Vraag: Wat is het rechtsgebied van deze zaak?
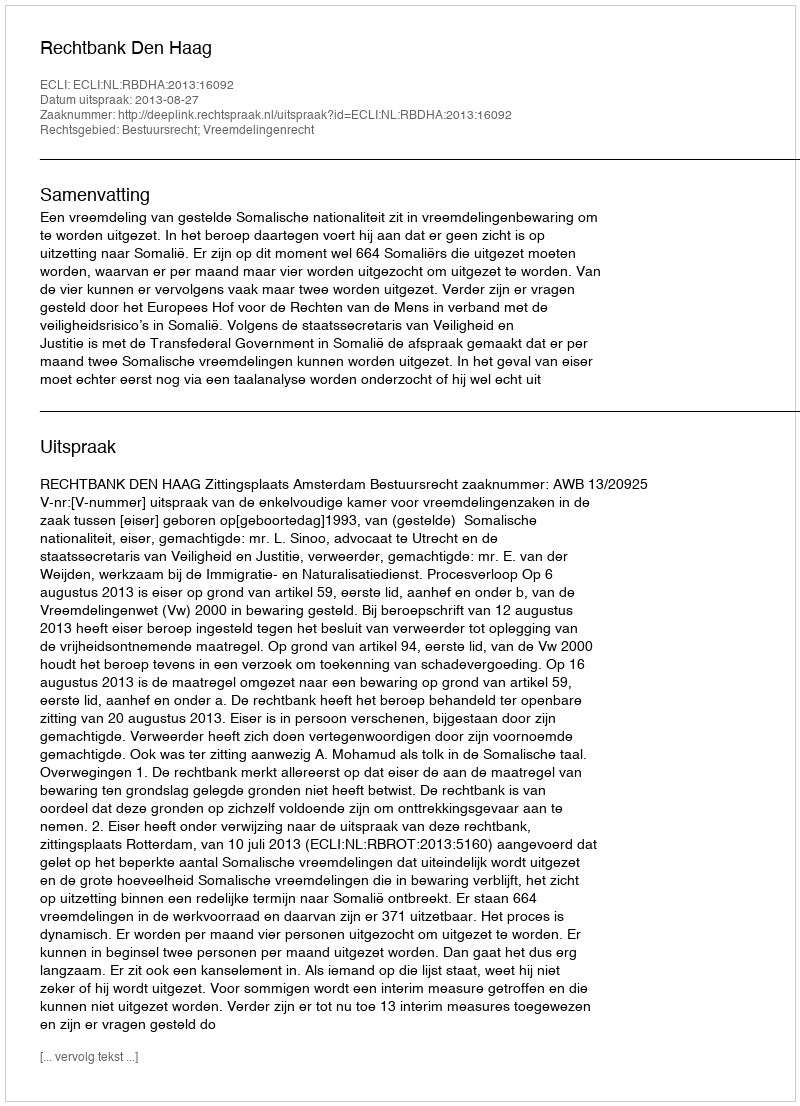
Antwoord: Bestuursrecht; Vreemdelingenrecht